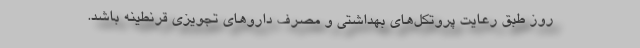
روز طبق رعایت پروتکل‌های بهداشتی و مصرف داروهای تجویزی قرنطینه باشد.